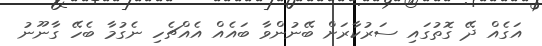
އަގެެއް ދޭ ގޮތުގައި ސަރުކާރަށް ބޭނުންވާ ބައެއް އެއްޗެހި ނެގުމާ ބެހޭ ގާނޫނު